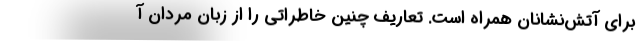
برای آتش‌نشانان همراه است. تعاریف چنین خاطراتی را از زبان مردان آ